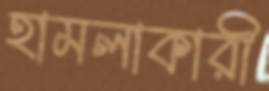
হামলাকারী